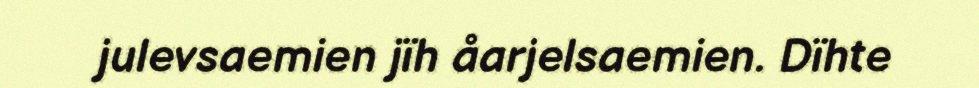
julevsaemien jïh åarjelsaemien. Dïhte